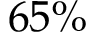
6 5 \%